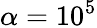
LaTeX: \alpha=10^{5}